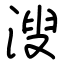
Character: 溲